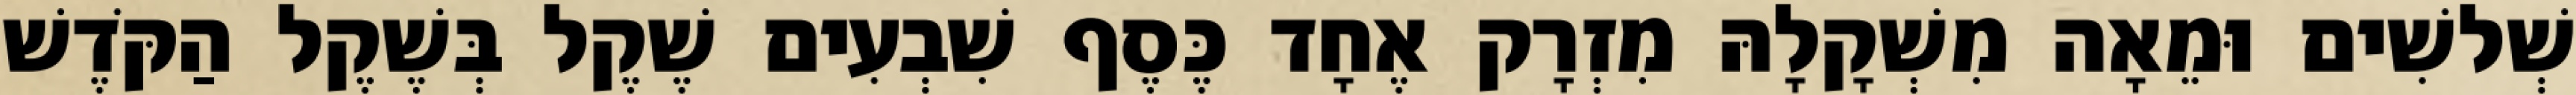
שְׁלשִׁים וּמֵאָה מִשְׁקָלָהּ מִזְרָק אֶחָד כֶּסֶף שִׁבְעִים שֶׁקֶל בְּשֶׁקֶל הַקֹּדֶשׁ